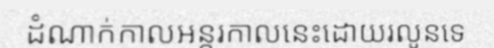
ដំណាក់កាលអន្តរកាលនេះដោយរលូនទេ